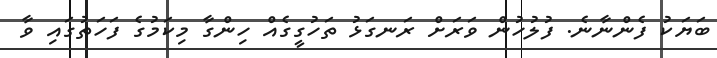
ބަޔަކު ފެންނާނެ. ފުލުހުން ވަރަށް ރަނގަޅު ތަހުގީގެއް ހިންގާ މިކަމުގެ ފަހަތުގައި ވާ